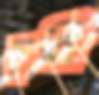
চুল্লী